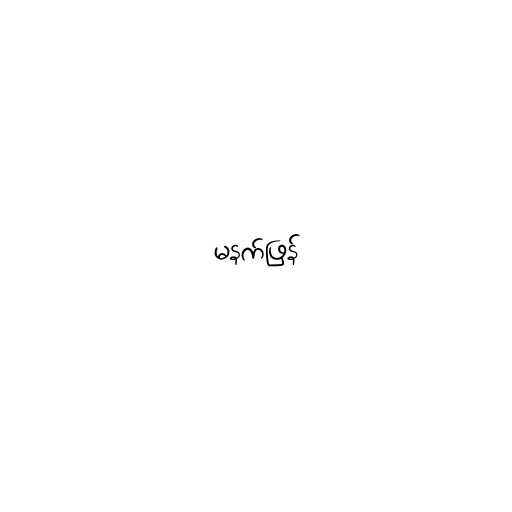
မနက်ဖြန်